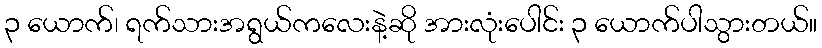
၃ ယောက်၊ ရက်သားအရွယ်ကလေးနဲ့ဆို အားလုံးပေါင်း ၃ ယောက်ပါသွားတယ်။